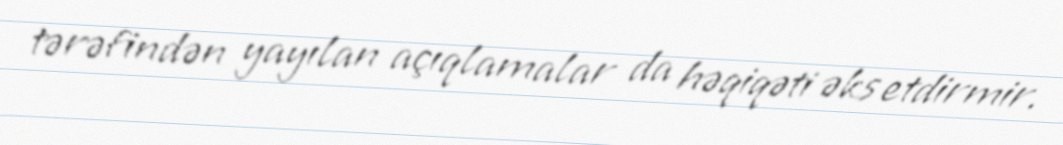
tərəfindən yayılan açıqlamalar da həqiqəti əks etdirmir.